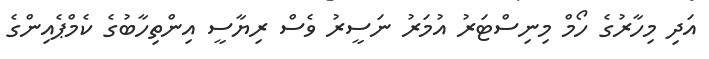
އަދި މިހާރުގެ ހޯމް މިނިސްޓަރު އުމަރު ނަސީރު ވެސް ރިޔާސީ އިންތިހާބުގެ ކެމްޕެއިންގެ